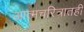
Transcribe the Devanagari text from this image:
आत्मचरित्रातही